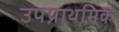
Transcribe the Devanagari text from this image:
उपप्राथमिक